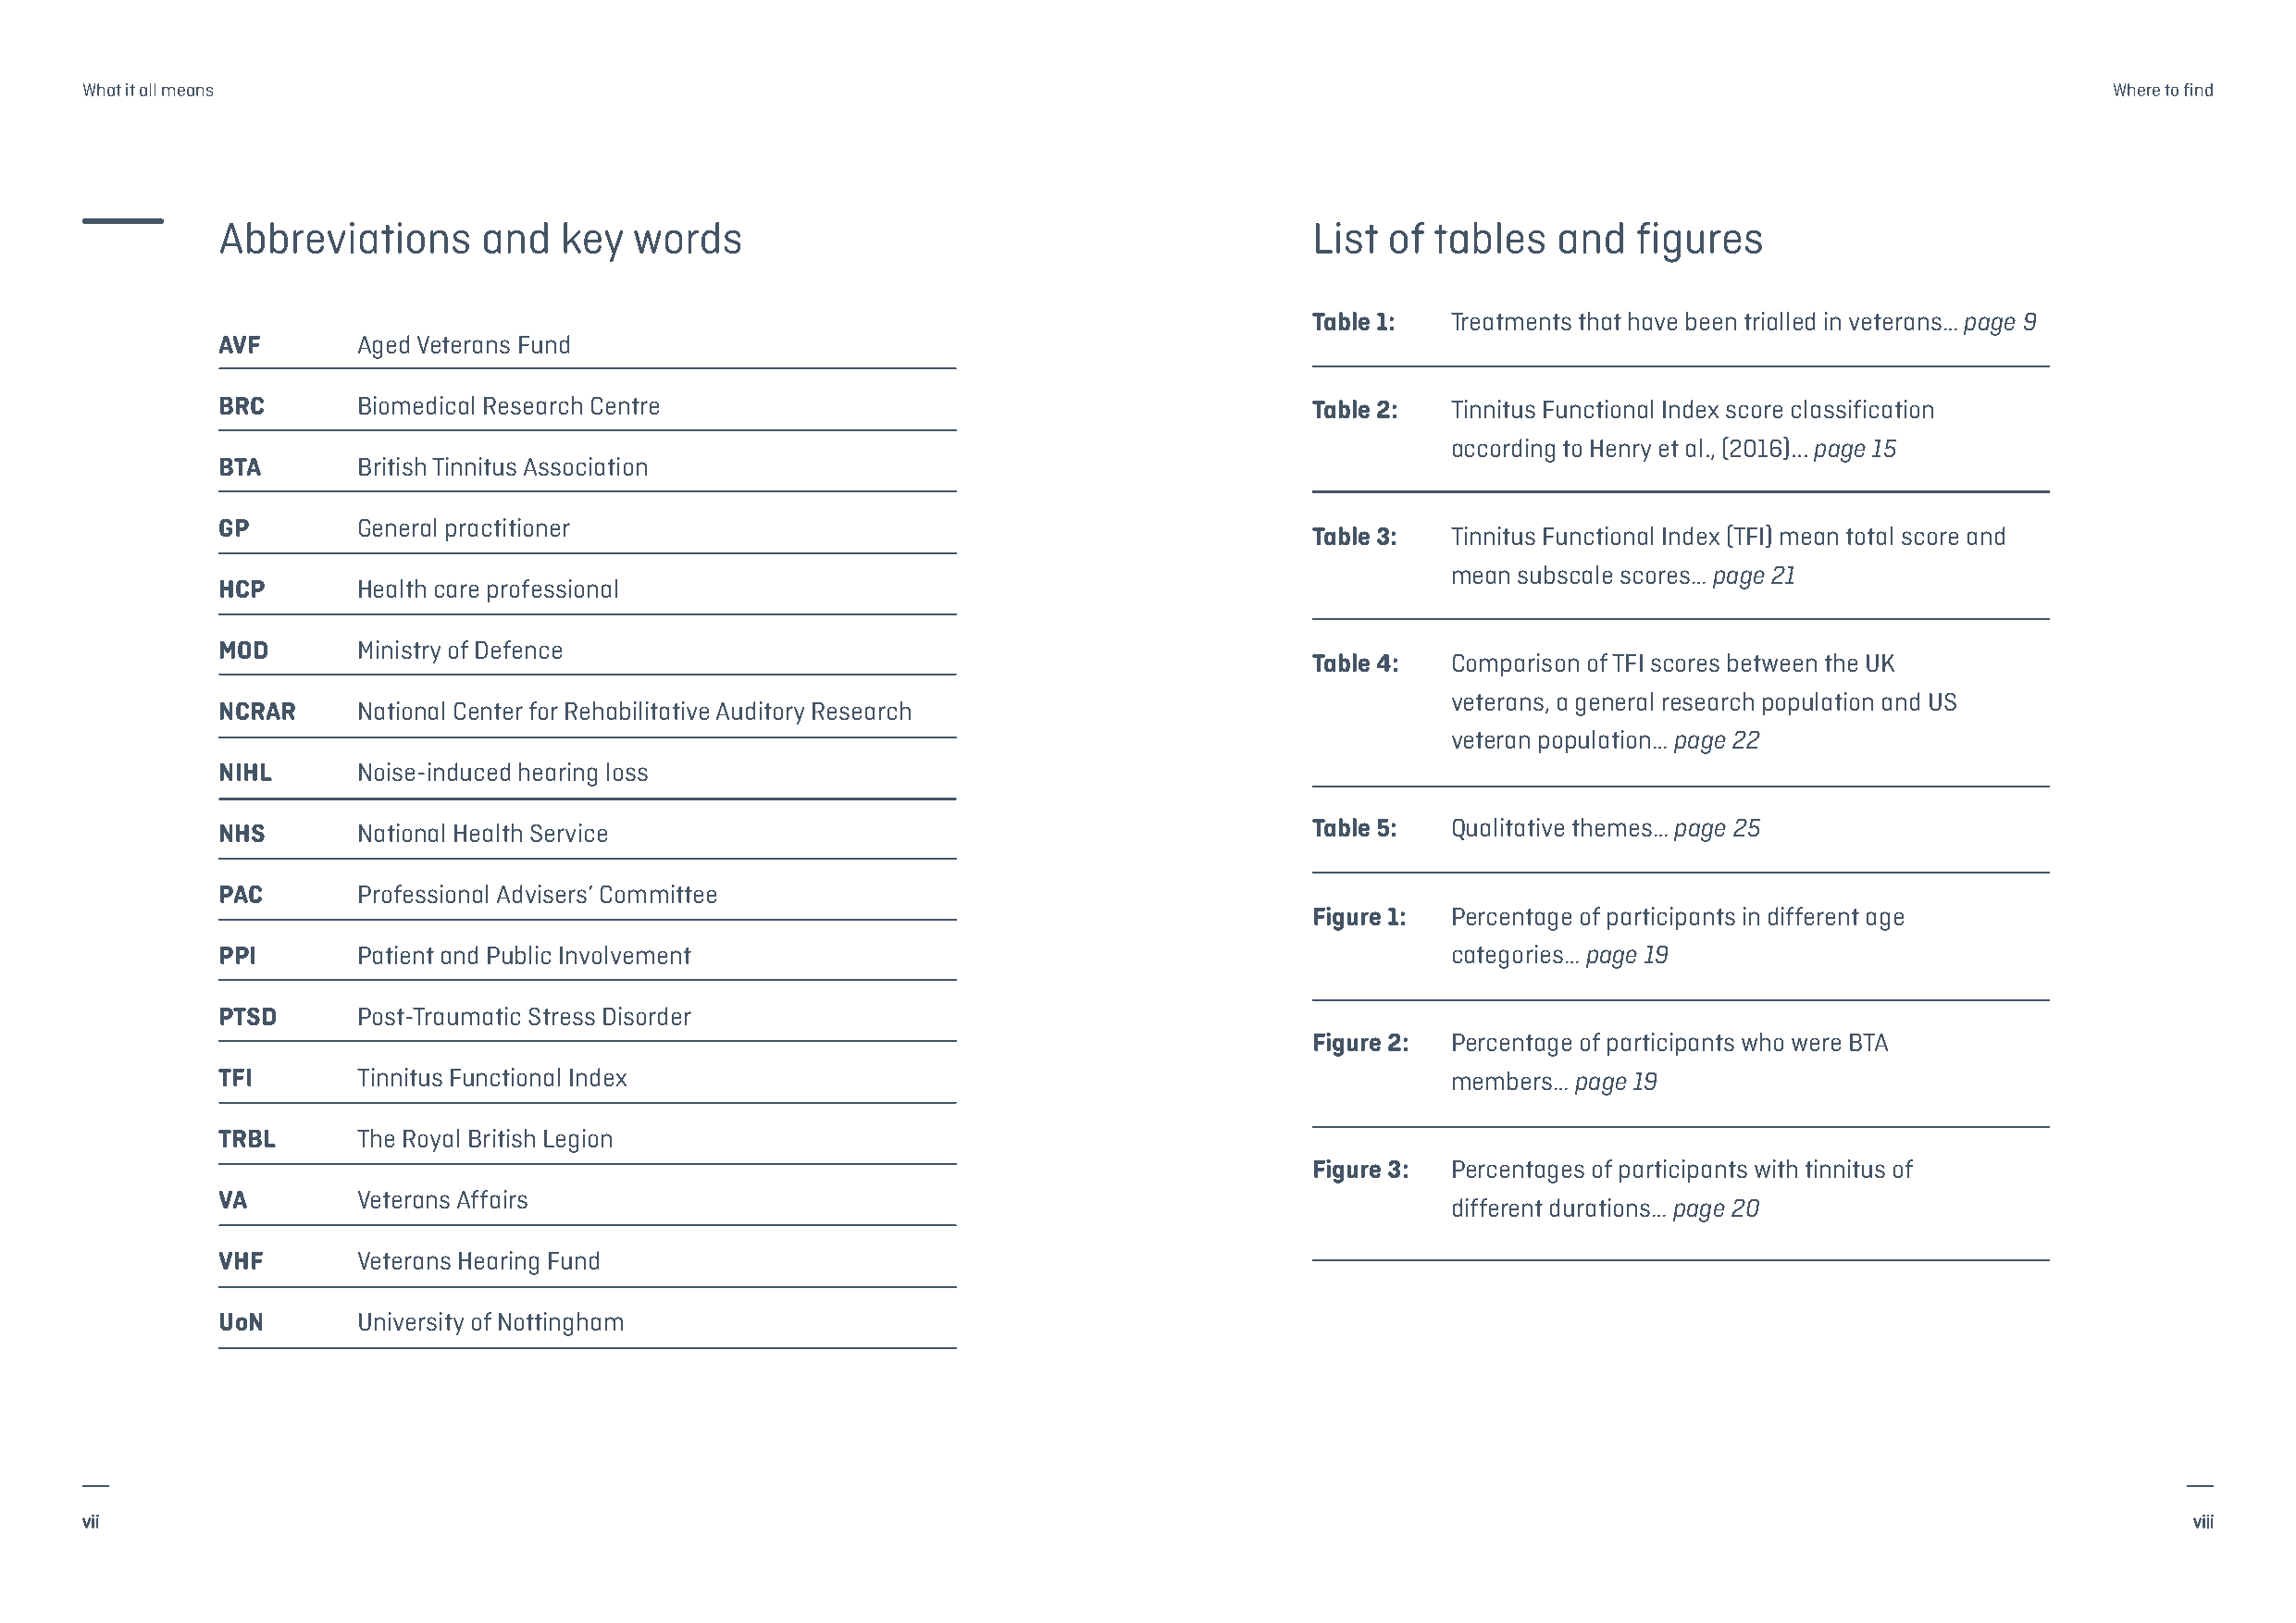
What it all means                                                                                                                                Where to find
 Abbreviations     and   key  words                                            List of  tables  and   figures
 Table 1:  Treatments that have been trialled in veterans… page 9
 AVF       Aged Veterans Fund
 BRC       Biomedical Research Centre                                          Table 2:  Tinnitus Functional Index score classification
 according to Henry et al., (2016)... page 15
 BTA       British Tinnitus Association
 GP        General practitioner
 Table 3:  Tinnitus Functional Index (TFI) mean total score and
 mean subscale scores… page 21
 HCP       Health care professional
 MOD       Ministry of Defence
 Table 4:  Comparison of TFI scores between the UK
 veterans, a general research population and US
 NCRAR     National Center for Rehabilitative Auditory Research
 veteran population… page 22
 NIHL      Noise-induced hearing loss
 NHS       National Health Service                                             Table 5:  Qualitative themes… page 25
 PAC       Professional Advisers’ Committee
 Figure 1: Percentage of participants in different age
 PPI       Patient and Public Involvement                                                categories… page 19
 PTSD      Post-Traumatic Stress Disorder
 Figure 2: Percentage of participants who were BTA
 TFI       Tinnitus Functional Index                                                     members… page 19
 TRBL      The Royal British Legion
 Figure 3: Percentages of participants with tinnitus of
 VA        Veterans Affairs
 different durations… page 20
 VHF       Veterans Hearing Fund
 UoN       University of Nottingham
 vii                                                                                                                                                    viii